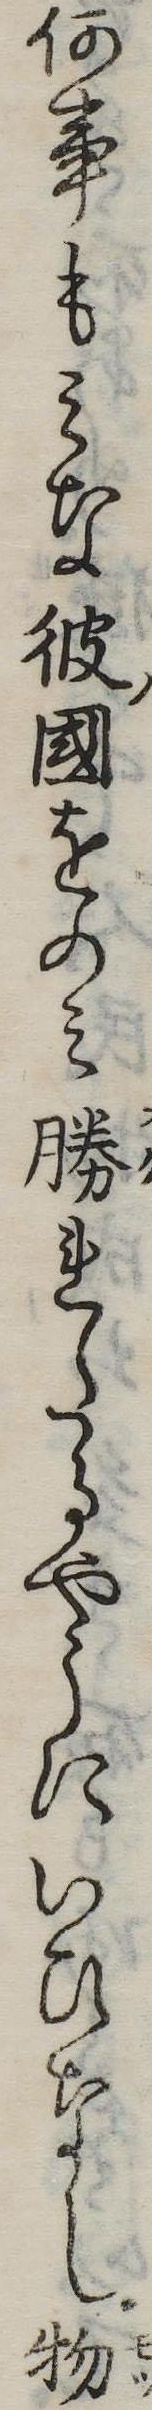
何事もみな彼国をのみ勝れたるやうにいひなし物